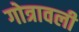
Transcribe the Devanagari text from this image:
गोत्रावली